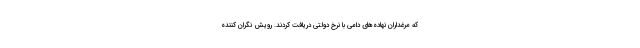
که مرغداران نهاده‌های دامی با نرخ دولتی دریافت کردند. رویش نگران کننده